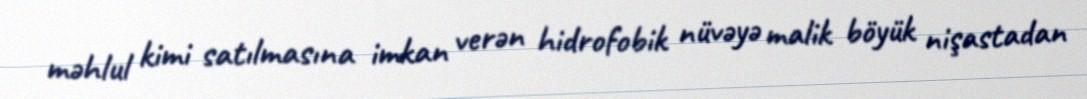
məhlul kimi satılmasına imkan verən hidrofobik nüvəyə malik böyük nişastadan